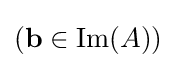
(\mathbf {b} \in \operatorname {Im} (A))